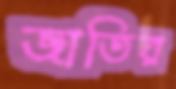
জাতির